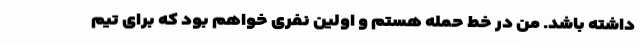
داشته باشد. من در خط حمله هستم و اولین نفری خواهم بود که برای تیم